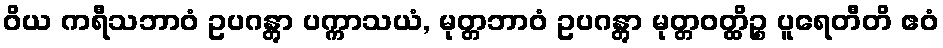
ဝိယ ကရီသဘာဝံ ဥပဂန္တွာ ပက္ကာသယံ, မုတ္တဘာဝံ ဥပဂန္တွာ မုတ္တဝတ္ထိဉ္စ ပူရေတီတိ ဧဝံ